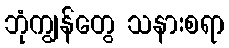
ဘုံကျွန်တွေ သနားစရာ